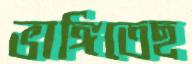
ভাঙ্গিতেছ